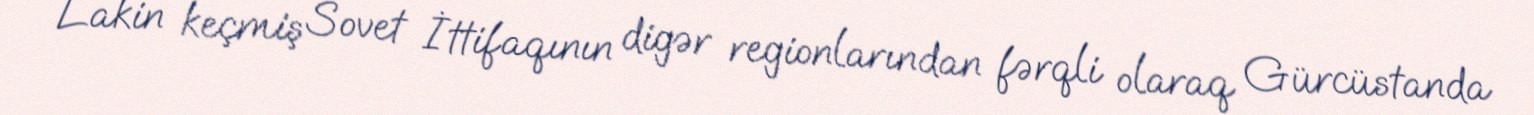
Lakin keçmiş Sovet İttifaqının digər regionlarından fərqli olaraq Gürcüstanda